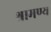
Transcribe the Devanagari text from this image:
श्रामण्य